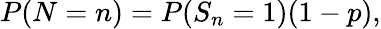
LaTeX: P(N=n)=P(S_{n}=1)(1-p),